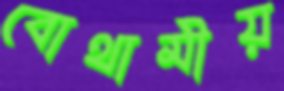
বোথামীয়